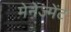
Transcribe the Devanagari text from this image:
मेनेज्मेंट